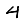
Digit: 4